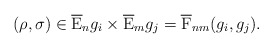
\begin{align*}(\rho ,\sigma )\in \overline{{\rm E}}_{n}g_{i}\times\overline{{\rm E}}_{m}g_{j}= \overline{{\rm F}}_{nm}(g_{i},g_{j}).\end{align*}